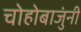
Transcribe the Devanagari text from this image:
चोहोबाजुंनी